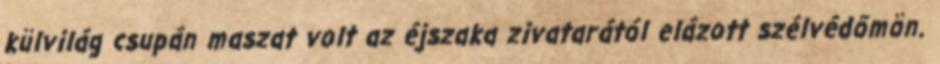
külvilág csupán maszat volt az éjszaka zivatarától elázott szélvédőmön.